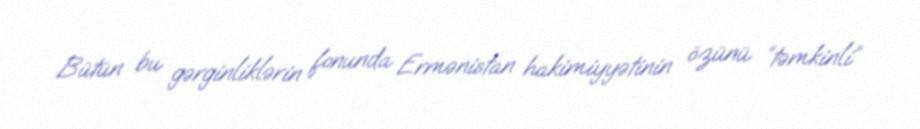
Bütün bu gərginliklərin fonunda Ermənistan hakimiyyətinin özünü “təmkinli”